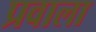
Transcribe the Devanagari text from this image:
प्रवाला